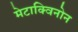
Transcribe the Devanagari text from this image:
मेटाक्विनोन